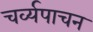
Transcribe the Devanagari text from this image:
चर्व्यपाचन